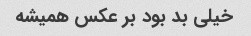
خیلی بد بود بر عکس همیشه